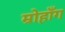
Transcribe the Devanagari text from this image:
म्रोहाँग